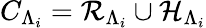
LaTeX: C_{\Lambda_{i}}=\mathcal{R}_{\Lambda_{i}}\cup\mathcal{H}_{\Lambda_{i}}